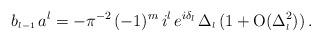
LaTeX: \begin{align*}b_{\scriptscriptstyle{l-1}}\,a^l=-\pi^{-2}\,(-1)^m\,i^{l}\, e^{i \delta_{\scriptscriptstyle{l}}}\,\Delta_{\scriptscriptstyle{l}}\,( 1 + \mbox{O} (\Delta_{\scriptscriptstyle{l}}^2) )\,.\end{align*}